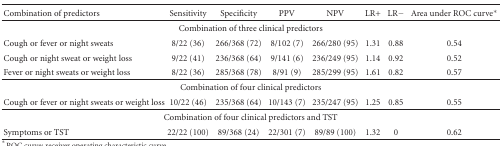
| Combination of predictors | Sensitivity | Specificity | PPV | NPV | LR+ | LR− | Area under ROC curve* |
 | --- | --- | --- | --- | --- | --- | --- | --- |
 | <COLSPAN=8> Combination of three clinical predictors |
 | Cough or fever or night sweats | 8/22 (36) | 266/368 (72) | 8/102 (7) | 266/280 (95) | 1.31 | 0.88 | 0.54 |
 | Cough or night sweat or weight loss | 9/22 (41) | 236/368 (64) | 9/141 (6) | 236/249 (95) | 1.14 | 0.92 | 0.52 |
 | Fever or night sweats or weight loss | 8/22 (36) | 285/368 (78) | 8/91 (9) | 285/299 (95) | 1.61 | 0.82 | 0.57 |
 | <COLSPAN=8> Combination of four clinical predictors |
 | Cough or fever or night sweats or weight loss | 10/22 (46) | 235/368 (64) | 10/143 (7) | 235/247 (95) | 1.25 | 0.85 | 0.55 |
 | <COLSPAN=8> Combination of four clinical predictors and TST |
 | Symptoms or TST | 22/22 (100) | 89/368 (24) | 22/301 (7) | 89/89 (100) | 1.32 | 0 | 0.62 |